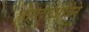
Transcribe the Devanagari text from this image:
श्रीसद्गुरुआज्ञेने